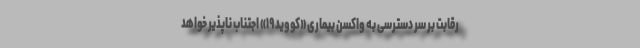
رقابت بر سر دسترسی به واکسن بیماری «کووید ۱۹» اجتناب ناپذیر خواهد